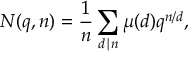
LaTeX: N ( q , n ) = { \frac { 1 } { n } } \sum _ { d \mid n } \mu ( d ) q ^ { n / d } ,